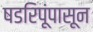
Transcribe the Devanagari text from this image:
षडरिपूंपासून